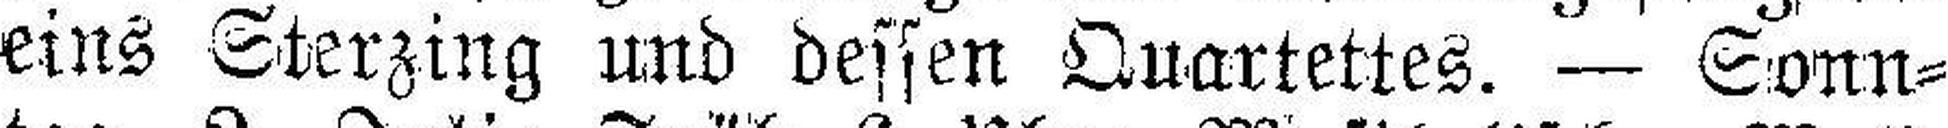
eins Sterzing und dessen Quartettes. — Sonn¬